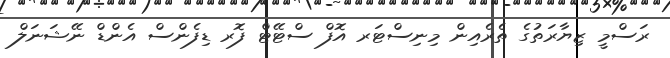
ރަސްމީ ޒިޔާރަތުގެ ތެރެއިން މިނިސްޓަރ އޮފް ސްޓޭޓް ފޮރ ޑިފެންސް އެންޑް ނޭޝަނަލް